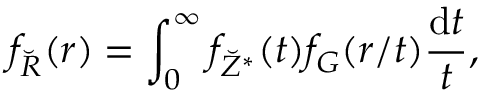
f _ { \breve { R } } ( r ) = \int _ { 0 } ^ { \infty } f _ { \breve { Z } ^ { \ast } } ( t ) f _ { G } ( r / t ) \frac { \mathrm d t } { t } ,